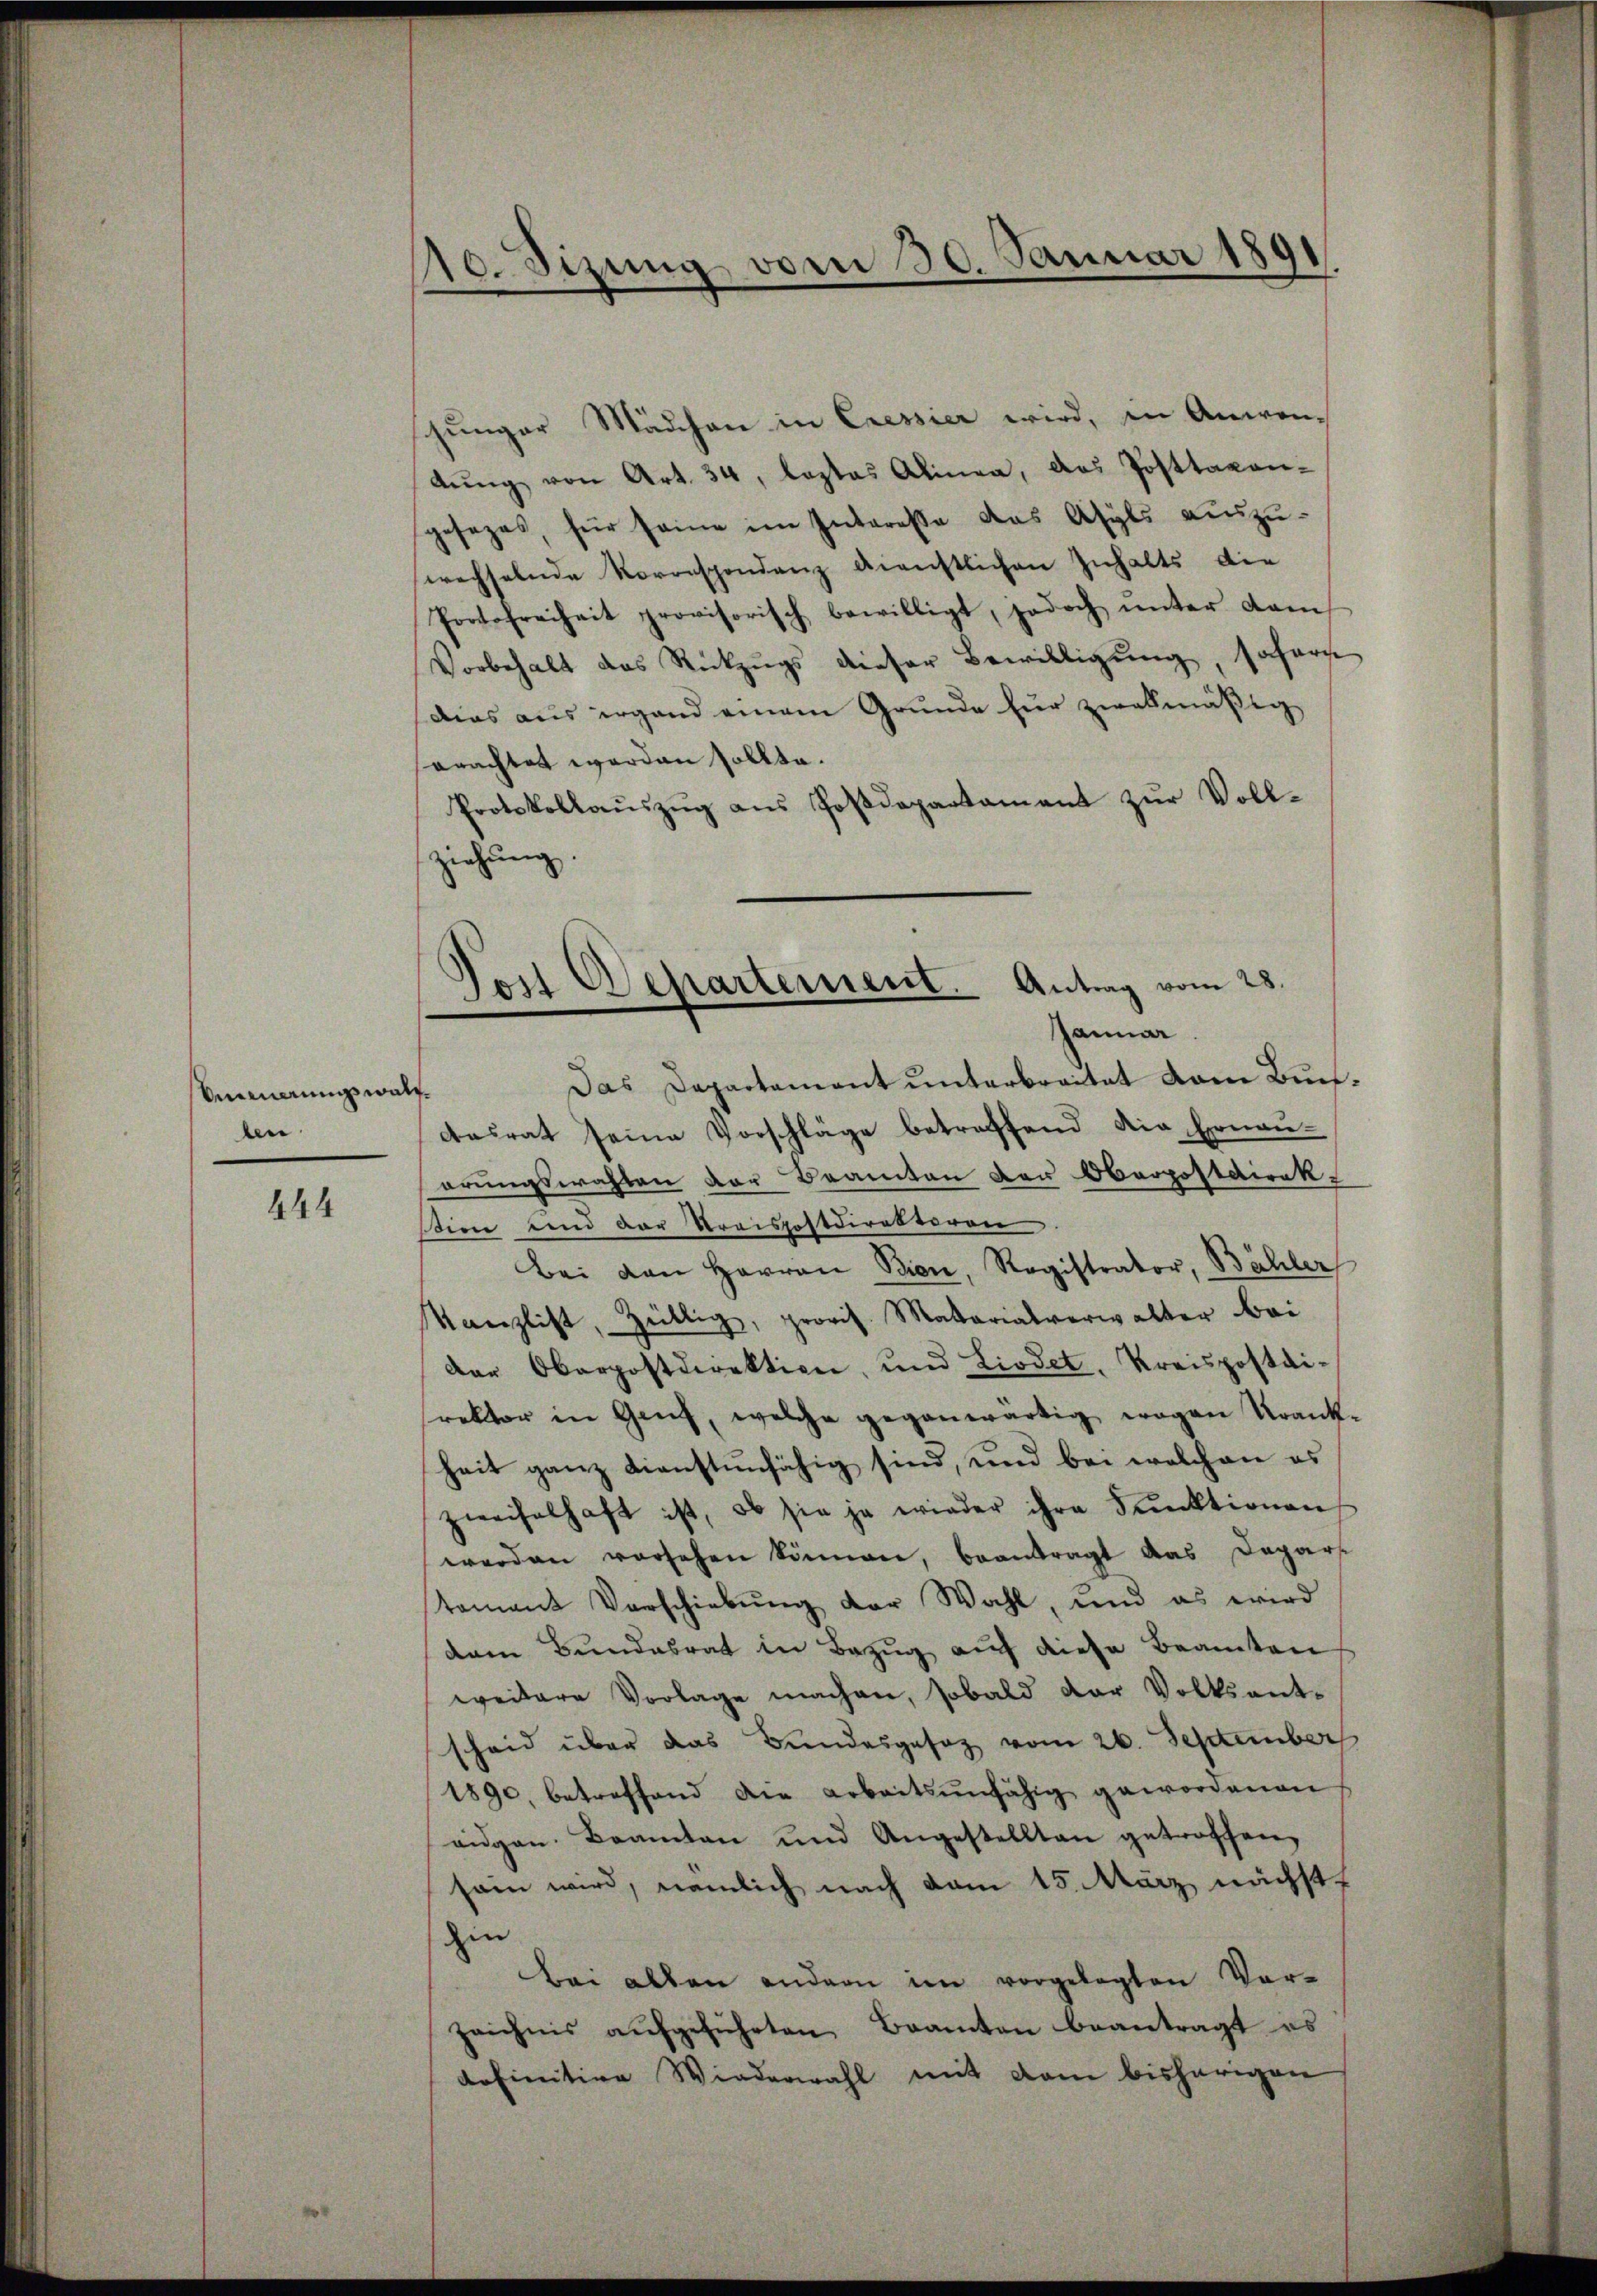
Mennerung walben

444

10. Sizung vom 30. Januar 1891
s

junger Mädchen in Cressier wird, in Anwen-
lŭng von Art. 34, lastas Alinea, das Posttaxan-
gesezes, für seine im Interesse das Asyls auszu-
wechselnde Korrespondenz dienstlichen Inhalts die
Protofreiheit provisorisch bewilligt, jedoch ŭnter dam
Vorbehalt das Rückzŭgs dieser Bewilligŭng, sofern
dias aus ergand einem Grunde für zwekmäßig
sorachtet worden sollte.
Protokollaŭszŭg ans Postdepartament zŭr Vollziehung.

Das Departement unterbreitet vom Buchdesrat seine Vorschläge betreffend die Ernau-
arungswahlen der Beamten der Oberpostdirekt
stien und der Kreispostdirektoren
Bei von Herren Bien, Registrator, Bähler
Kanzlist, Züllig, provis. Matarialverwalter bei
der Oberpostdirektion, und Liodet, Kreispostai-
rektor in Genf, welche gegenwärtig wegen Krank-
heit ganz dienstunfähig sind, und bei welchen es
zweifelhaft ist, ob sie ja wieder ihre Funktionen,
werden vorsehen können, beantragt das Dapars
tament Verschiebung der Wahl, und es wird
dem Bundesrat in Bezug auf diese Beamten
weitere Vorlage machen, sobald der Volksant-
scheid über das Bundesgesez vom 26. September
1890, betreffend die arbeitsunfähig gewordenen
eidgen. Beamten und Angestellten getroffen,
sein wird, nämlich nach vom 15. März, nächst
hin
Bei allen andern im vorgelegten Ver-
zeichnis aŭfgeführten Beamten beantragt es
definitive Wiederwahl mit dem bisherigen

Jost Departement. Antrag vom 28.
anmar